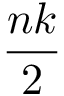
\frac { n k } { 2 }